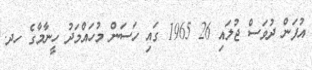
އުފަން ދުވަސް ޖުލައި 26 1965 ގައި ހަސަން މުހައްމަދު ހީނާމާގެ ހދ.